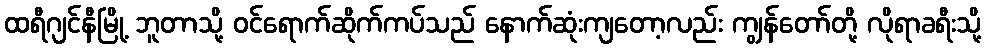
ထရီဂျင်နီမြို့ ဘူတာသို့ ဝင်ရောက်ဆိုက်ကပ်သည် နောက်ဆုံးကျတော့လည်း ကျွန်တော်တို့ လိုရာခရီးသို့